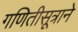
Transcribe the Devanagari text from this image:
गणितीसूत्राने